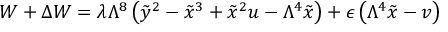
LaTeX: { \cal W } + \Delta { \cal W } = \lambda \Lambda ^ { 8 } \left( \tilde { y } ^ { 2 } - \tilde { x } ^ { 3 } + \tilde { x } ^ { 2 } u - \Lambda ^ { 4 } \tilde { x } \right) + \epsilon \left( \Lambda ^ { 4 } \tilde { x } - v \right)